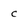
Character: c